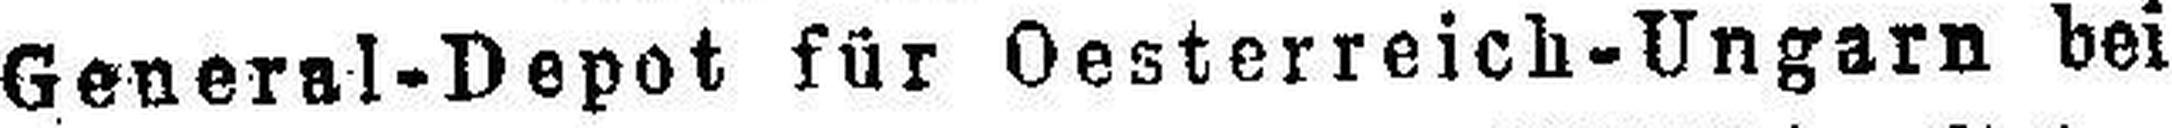
General-Depot für Oesterreich-Ungarn bei